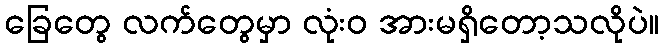
ခြေတွေ လက်တွေမှာ လုံးဝ အားမရှိတော့သလိုပဲ။